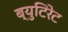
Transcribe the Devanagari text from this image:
ब्युटिरेट